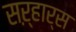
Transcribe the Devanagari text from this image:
सऱ्हार्स